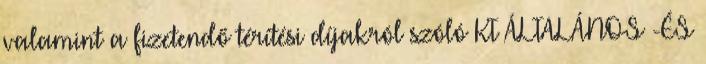
valamint a fizetendő térítési díjakról szóló KT ÁLTALÁNOS -ÉS